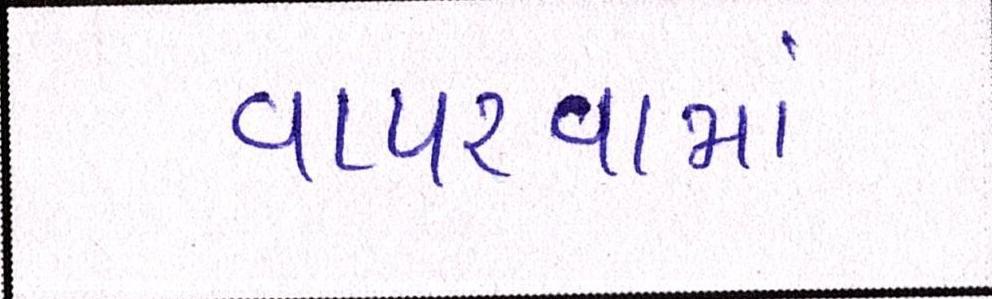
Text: વાપરવામાં